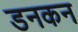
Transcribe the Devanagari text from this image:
डनकन